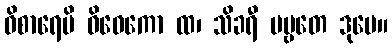
ဝိစာရေပိ ဝိဝေကော ထ၊ သိခရီ ပဗ္ဗတေ ဒုမေ။